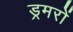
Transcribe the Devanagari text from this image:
ड्रमरों